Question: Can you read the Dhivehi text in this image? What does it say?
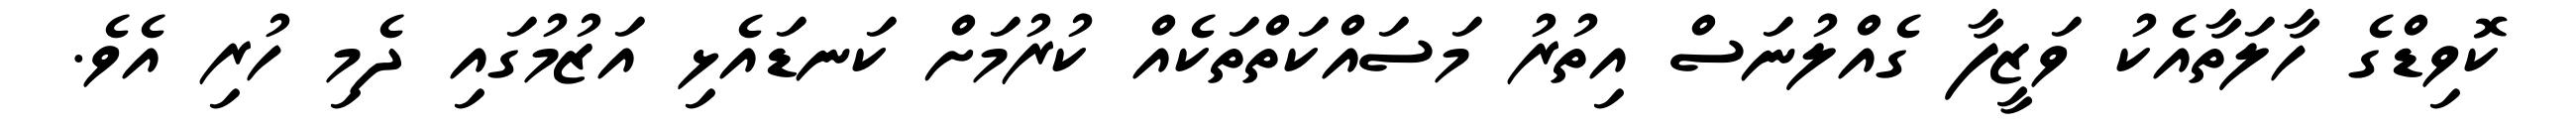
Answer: ކޮވިޑްގެ ހާލަތާއެކު ވަޒީފާ ގެއްލުނަސް އިތުރު މަސައްކަތްތަކެއް ކުރުމަށް ކަނޑައެޅި އަޒުމުގައި ދެމި ހުރި އެވެ.